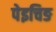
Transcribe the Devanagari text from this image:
पेइचिङ